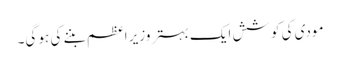
مودی کی کوشش ایک بہتر وزیر اعظم بننے کی ہو گی۔